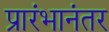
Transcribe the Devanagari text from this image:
प्रारंभानंतर